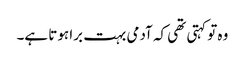
وہ تو کہتی تھی کہ آدمی بہت برا ہوتا ہے۔